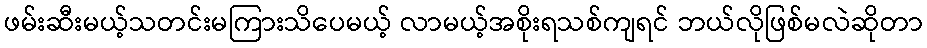
ဖမ်းဆီးမယ့်သတင်းမကြားသိပေမယ့် လာမယ့်အစိုးရသစ်ကျရင် ဘယ်လိုဖြစ်မလဲဆိုတာ